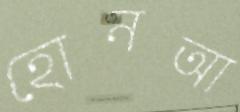
হোনআ